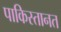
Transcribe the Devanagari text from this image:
पाकिस्तानत